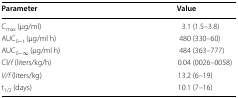
<table><thead><tr><td><b>Parameter</b></td><td><b>Value</b></td></tr></thead><tbody><tr><td>C<sub>max</sub> (μg/ml)</td><td>3.1 (1.5–3.8)</td></tr><tr><td>AUC<sub>0−t</sub> (μg/ml h)</td><td>480 (330–60)</td></tr><tr><td>AUC<sub>0−∞</sub> (μg/ml h)</td><td>484 (363–777)</td></tr><tr><td>Cl/<i>f</i> (liters/kg/h)</td><td>0.04 (0026–0058)</td></tr><tr><td><i>V/f</i> (liters/kg)</td><td>13.2 (6–19)</td></tr><tr><td>t<sub>1/2</sub> (days)</td><td>10.1 (7–16)</td></tr></tbody></table>